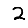
Digit: 2